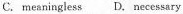
C.meaningless D. necessary